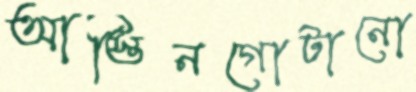
আস্তিনগোটানো